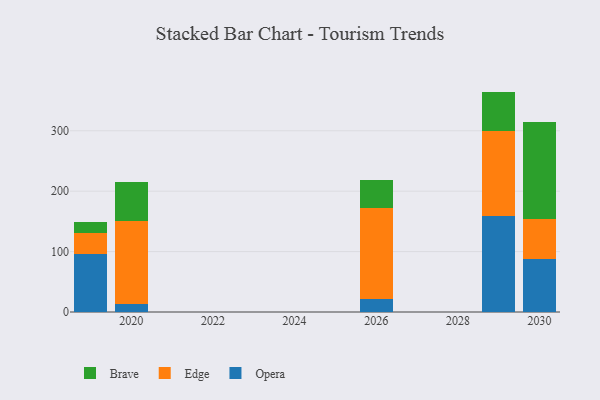
{"axis": {"x": "Year", "y": "Customer Acquisition Cost (USD)"}, "legend": ["Brave", "Edge", "Opera"], "data": [{"x": "2019", "y": 95.7, "type": "Opera"}, {"x": "2019", "y": 35.4, "type": "Edge"}, {"x": "2019", "y": 17.6, "type": "Brave"}, {"x": "2029", "y": 158.6, "type": "Opera"}, {"x": "2029", "y": 140.3, "type": "Edge"}, {"x": "2029", "y": 65.9, "type": "Brave"}, {"x": "2030", "y": 87.8, "type": "Opera"}, {"x": "2030", "y": 65.8, "type": "Edge"}, {"x": "2030", "y": 161.5, "type": "Brave"}, {"x": "2020", "y": 13.6, "type": "Opera"}, {"x": "2020", "y": 136.3, "type": "Edge"}, {"x": "2020", "y": 65.9, "type": "Brave"}, {"x": "2026", "y": 20.8, "type": "Opera"}, {"x": "2026", "y": 151.3, "type": "Edge"}, {"x": "2026", "y": 46.5, "type": "Brave"}]}